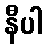
နီပါ